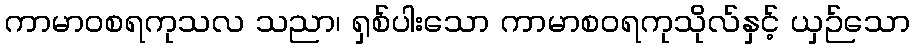
ကာမာဝစရကုသလ သညာ၊ ရှစ်ပါးသော ကာမာစဝရကုသိုလ်နှင့် ယှဉ်သော